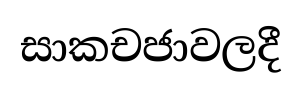
සාකචජාවලදී